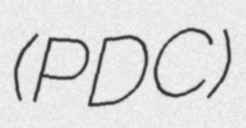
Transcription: (PDC)